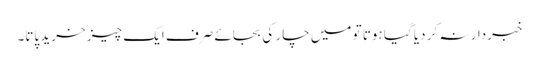
خبردار نہ کر دیا گیا ہوتا تو میں چار کی بجائے صرف ایک چیز خرید پاتا۔